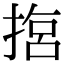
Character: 𢰈